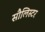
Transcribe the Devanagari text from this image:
सौलिस्टर